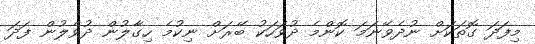
މިފަދަ ގޮތަކަށް ނުދެވޭނަމަ ކޮންމެ ދުވަހަކު ބޭރަށް ނިކުމެ ހިގާލުން ދުވެލުން ފަދަ